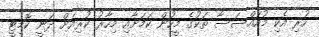
ހުރި އެކި މުއައްސަސާ ތަކުގެ މީހުން ކަމަށާއި މިހާރު ކުރިއަށް ދަނީ ކޮމިޓީ